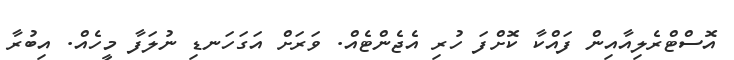
އޮސްޓްރެލިއާއިން ފައްކާ ކޮށްފަ ހުރި އެޖެންޓެއް. ވަރަށް އަގަހަނޑި ނުލަފާ މީހެއް. އިބުރާ